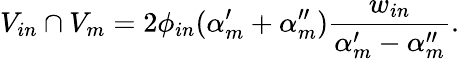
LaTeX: V_{in}\cap V_{m}=2\phi_{in}(\alpha_{m}^{\prime}+\alpha_{m}^{\prime\prime})\frac{w_{in}}{\alpha_{m}^{\prime}-\alpha_{m}^{\prime\prime}}.